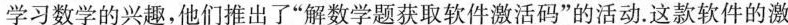
学习数学的兴趣，他们推出了“解数学题获取软件激活码”的活动.这款软件的激